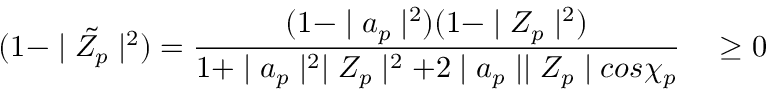
( 1 - \mid { \tilde { Z _ { p } } } \mid ^ { 2 } ) = \frac { ( 1 - \mid a _ { p } \mid ^ { 2 } ) ( 1 - \mid Z _ { p } \mid ^ { 2 } ) } { 1 + \mid a _ { p } \mid ^ { 2 } \mid Z _ { p } \mid ^ { 2 } + 2 \mid a _ { p } \mid \mid Z _ { p } \mid c o s \chi _ { p } } \quad \geq 0